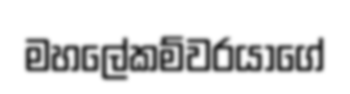
මහලේකම්වරයාගේ